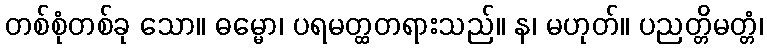
တစ်စုံတစ်ခု သော။ ဓမ္မော၊ ပရမတ္ထတရားသည်။ န၊ မဟုတ်။ ပညတ္တိမတ္တံ၊